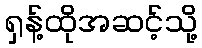
ရှန့်ထိုအဆင့်သို့